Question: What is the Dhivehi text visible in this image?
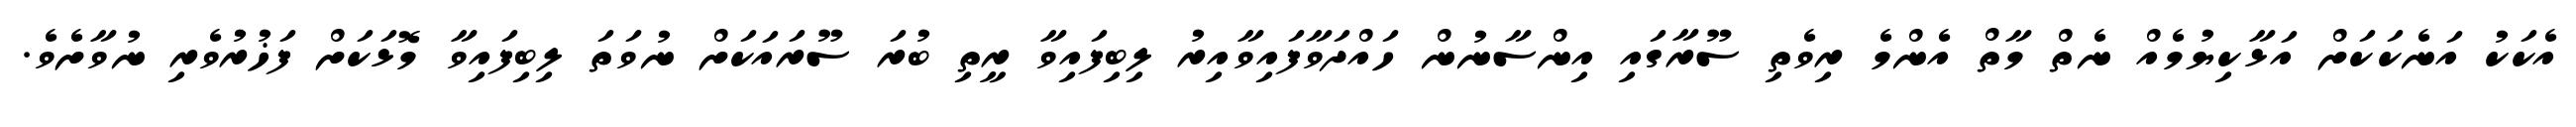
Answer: އެކަކު އަނެކަކަށް އަޅާކިޔުމެއް ނެތް މާތް އެންމެ ރިވެތި ސޫރާގައި އިންސާނުން ހައްދަވާފައިވާއިރު ލިބިފައިވާ ރީތި ބުރަ ސޫރައަކަށް ނުވަތަ ލިބިފައިވާ މޮޅަކަށް ފަޚުރުވެރި ނުވާށެވެ.